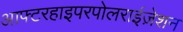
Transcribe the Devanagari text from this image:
आफ्टरहाइपरपोलराईज़ेशन